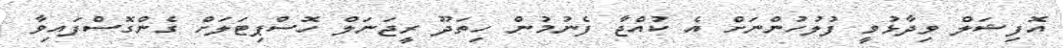
އޮފިޝަލް ވިދާޅުވީ ފުލުހުންނަށް އެ ކުއްޖާ ފެނުމުން ހިތަދޫ ރީޖަނަލް ހޮސްޕިޓަލަށް ގެންގޮސްފައިވާ